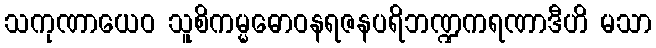
သကုဏာယေဝ သူစိကမ္မဓောဝနရဇနပရိဘဏ္ဍကရဏာဒီဟိ မသာ